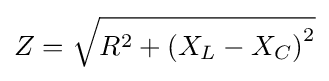
Z={\sqrt {R^{2}+\left(X_{L}-X_{C}\right)^{2}}}\,\!